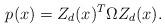
LaTeX: \begin{align*}p(x) = Z_d(x)^T \Omega Z_{d}(x).\end{align*}